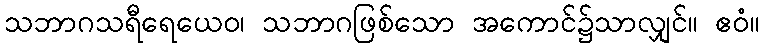
သဘာဂသရီရေယေဝ၊ သဘာဂဖြစ်သော အကောင်၌သာလျှင်။ ဧဝံ။